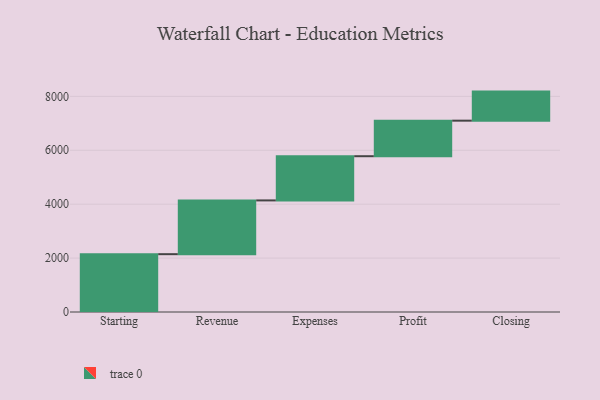
{"axis": {"x": "Step", "y": "Value"}, "legend": [""], "data": [{"x": "Starting", "y": 2145.0, "type": ""}, {"x": "Revenue", "y": 1995.0, "type": ""}, {"x": "Expenses", "y": 1640.0, "type": ""}, {"x": "Profit", "y": 1319.0, "type": ""}, {"x": "Closing", "y": 1078.0, "type": ""}]}